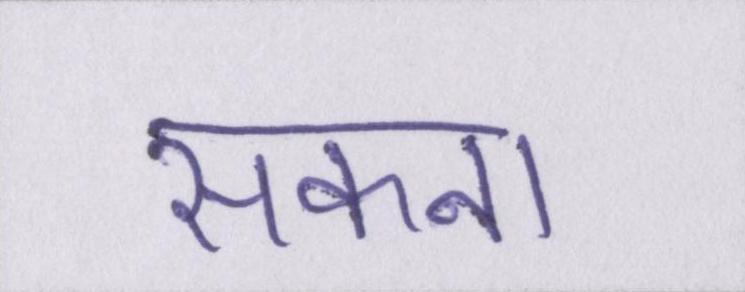
सकना